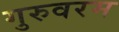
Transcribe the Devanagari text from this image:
गुरुवरम